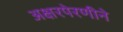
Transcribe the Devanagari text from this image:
अक्षरपेरणीने